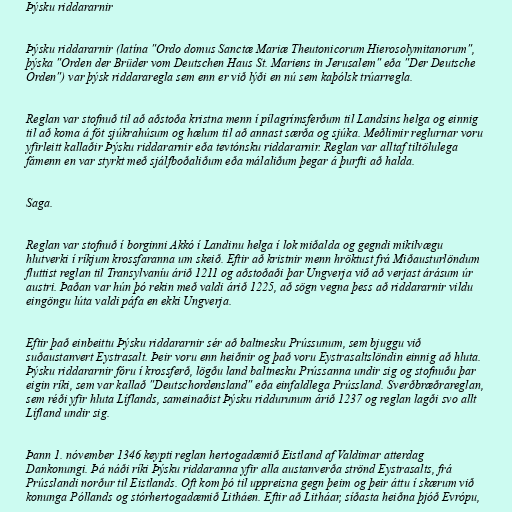
Þýsku riddararnir

Þýsku riddararnir (latína "Ordo domus Sanctæ Mariæ Theutonicorum Hierosolymitanorum",
þýska "Orden der Brüder vom Deutschen Haus St. Mariens in Jerusalem" eða "Der Deutsche
Orden") var þýsk riddararegla sem enn er við lýði en nú sem kaþólsk trúarregla.

Reglan var stofnuð til að aðstoða kristna menn í pílagrímsferðum til Landsins helga og einnig
til að koma á fót sjúkrahúsum og hælum til að annast særða og sjúka. Meðlimir reglurnar voru
yfirleitt kallaðir Þýsku riddararnir eða tevtónsku riddararnir. Reglan var alltaf tiltölulega
fámenn en var styrkt með sjálfboðaliðum eða málaliðum þegar á þurfti að halda.

Saga.

Reglan var stofnuð í borginni Akkó í Landinu helga í lok miðalda og gegndi mikilvægu
hlutverki í ríkjum krossfaranna um skeið. Eftir að kristnir menn hröktust frá Miðausturlöndum
fluttist reglan til Transylvaníu árið 1211 og aðstoðaði þar Ungverja við að verjast árásum úr
austri. Þaðan var hún þó rekin með valdi árið 1225, að sögn vegna þess að riddararnir vildu
eingöngu lúta valdi páfa en ekki Ungverja.

Eftir það einbeittu Þýsku riddararnir sér að baltnesku Prússunum, sem bjuggu við
suðaustanvert Eystrasalt. Þeir voru enn heiðnir og það voru Eystrasaltslöndin einnig að hluta.
Þýsku riddararnir fóru í krossferð, lögðu land baltnesku Prússanna undir sig og stofnuðu þar
eigin ríki, sem var kallað "Deutschordensland" eða einfaldlega Prússland. Sverðbræðrareglan,
sem réði yfir hluta Líflands, sameinaðist Þýsku riddurunum árið 1237 og reglan lagði svo allt
Lífland undir sig.

Þann 1. nóvember 1346 keypti reglan hertogadæmið Eistland af Valdimar atterdag
Dankonungi. Þá náði ríki Þýsku riddaranna yfir alla austanverða strönd Eystrasalts, frá
Prússlandi norður til Eistlands. Oft kom þó til uppreisna gegn þeim og þeir áttu í skærum við
konunga Póllands og stórhertogadæmið Litháen. Eftir að Litháar, síðasta heiðna þjóð Evrópu,